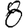
Digit: 8